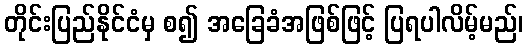
တိုင်းပြည်နိုင်ငံမှ စ၍ အခြေခံအဖြစ်ဖြင့် ပြရပါလိမ့်မည်၊